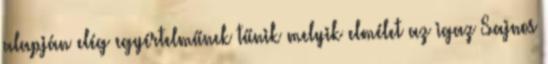
alapján elég egyértelműnek tűnik melyik elmélet az igaz Sajnos